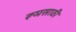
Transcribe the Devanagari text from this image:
रूमसाठी